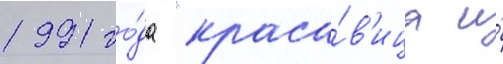
1991 го́да "краса́в'ица и́